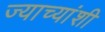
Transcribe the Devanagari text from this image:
ज्याच्यांशी